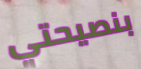
بنصيحتي